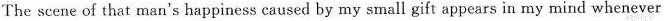
The scene of that man's happiness caused by my small gift appears in my mind whenever